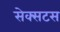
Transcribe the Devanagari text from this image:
सेक्सटस